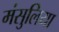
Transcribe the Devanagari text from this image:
मंसुलिया